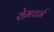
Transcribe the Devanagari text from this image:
रोमचर्म